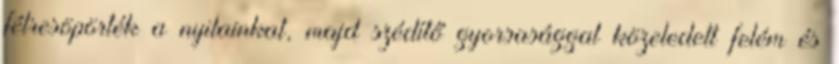
félresöpörték a nyilainkat, majd szédítő gyorsasággal közeledett felém és